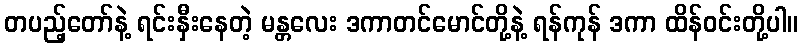
တပည့်တော်နဲ့ ရင်းနှီးနေတဲ့ မန္တလေး ဒကာတင်မောင်တို့နဲ့ ရန်ကုန် ဒကာ ထိန်ဝင်းတို့ပါ။